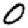
Digit: 0